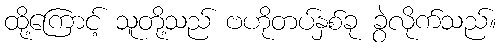
ထို့ကြောင့် သူတို့သည် ဗဟိုတပ်နှစ်ခု ခွဲလိုက်သည်။